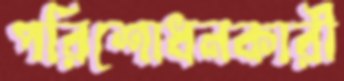
পরিশোধনকারী